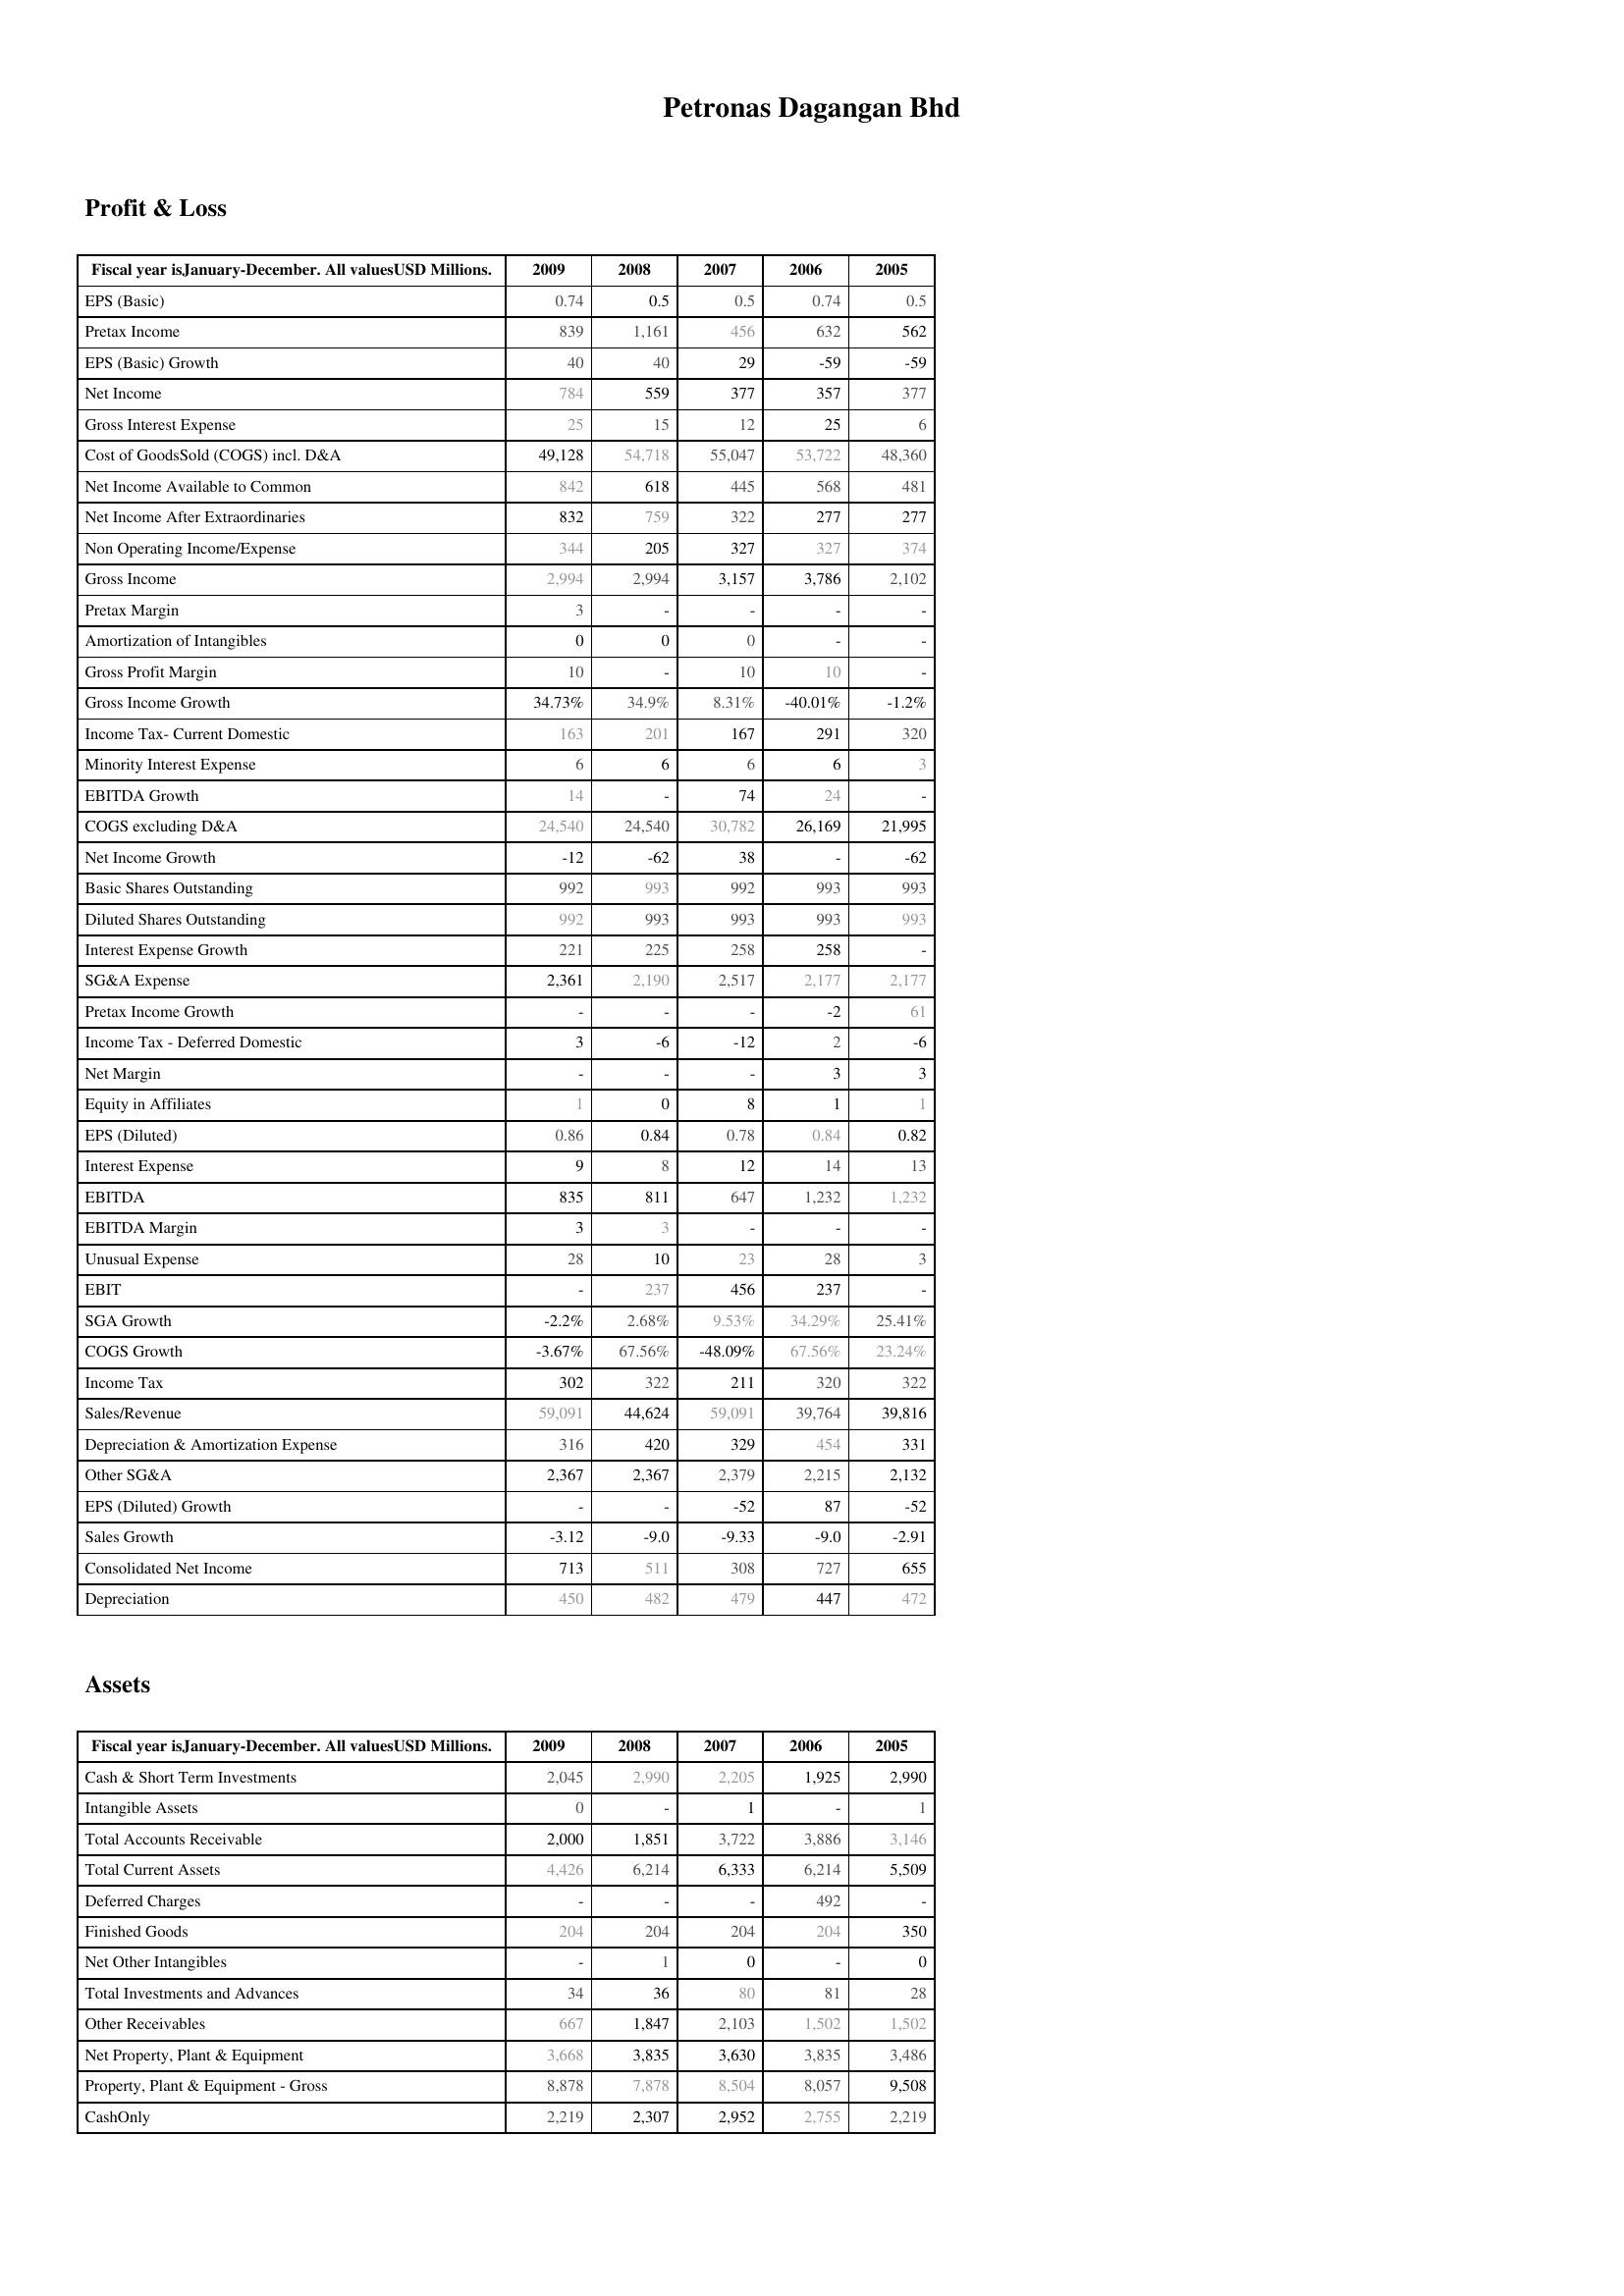
2009: Profit & Loss: EPS (Basic): 0.74
Pretax Income: 839
EPS (Basic) Growth: 40
Net Income: 784
Gross Interest Expense: 25
Cost of GoodsSold (COGS) incl. D&A: 49,128
Net Income Available to Common: 842
Net Income After Extraordinaries: 832
Non Operating Income/Expense: 344
Gross Income: 2,994
Pretax Margin: 3
Amortization of Intangibles: 0
Gross Profit Margin: 10
Gross Income Growth: 34.73%
Income Tax- Current Domestic: 163
Minority Interest Expense: 6
EBITDA Growth: 14
COGS excluding D&A: 24,540
Net Income Growth: -12
Basic Shares Outstanding: 992
Diluted Shares Outstanding: 992
Interest Expense Growth: 221
SG&A Expense: 2,361
Pretax Income Growth: -
Income Tax - Deferred Domestic: 3
Net Margin: -
Equity in Affiliates: 1
EPS (Diluted): 0.86
Interest Expense: 9
EBITDA: 835
EBITDA Margin: 3
Unusual Expense: 28
EBIT: -
SGA Growth: -2.2%
COGS Growth: -3.67%
Income Tax: 302
Sales/Revenue: 59,091
Depreciation & Amortization Expense: 316
Other SG&A: 2,367
EPS (Diluted) Growth: -
Sales Growth: -3.12
Consolidated Net Income: 713
Depreciation: 450
Assets: Cash & Short Term Investments: 2,045
Intangible Assets: 0
Total Accounts Receivable: 2,000
Total Current Assets: 4,426
Deferred Charges: -
Finished Goods: 204
Net Other Intangibles: -
Total Investments and Advances: 34
Other Receivables: 667
Net Property, Plant & Equipment: 3,668
Property, Plant & Equipment - Gross : 8,878
CashOnly: 2,219
2008: Profit & Loss: EPS (Basic): 0.5
Pretax Income: 1,161
EPS (Basic) Growth: 40
Net Income: 559
Gross Interest Expense: 15
Cost of GoodsSold (COGS) incl. D&A: 54,718
Net Income Available to Common: 618
Net Income After Extraordinaries: 759
Non Operating Income/Expense: 205
Gross Income: 2,994
Pretax Margin: -
Amortization of Intangibles: 0
Gross Profit Margin: -
Gross Income Growth: 34.9%
Income Tax- Current Domestic: 201
Minority Interest Expense: 6
EBITDA Growth: -
COGS excluding D&A: 24,540
Net Income Growth: -62
Basic Shares Outstanding: 993
Diluted Shares Outstanding: 993
Interest Expense Growth: 225
SG&A Expense: 2,190
Pretax Income Growth: -
Income Tax - Deferred Domestic: -6
Net Margin: -
Equity in Affiliates: 0
EPS (Diluted): 0.84
Interest Expense: 8
EBITDA: 811
EBITDA Margin: 3
Unusual Expense: 10
EBIT: 237
SGA Growth: 2.68%
COGS Growth: 67.56%
Income Tax: 322
Sales/Revenue: 44,624
Depreciation & Amortization Expense: 420
Other SG&A: 2,367
EPS (Diluted) Growth: -
Sales Growth: -9.0
Consolidated Net Income: 511
Depreciation: 482
Assets: Cash & Short Term Investments: 2,990
Intangible Assets: -
Total Accounts Receivable: 1,851
Total Current Assets: 6,214
Deferred Charges: -
Finished Goods: 204
Net Other Intangibles: 1
Total Investments and Advances: 36
Other Receivables: 1,847
Net Property, Plant & Equipment: 3,835
Property, Plant & Equipment - Gross : 7,878
CashOnly: 2,307
2007: Profit & Loss: EPS (Basic): 0.5
Pretax Income: 456
EPS (Basic) Growth: 29
Net Income: 377
Gross Interest Expense: 12
Cost of GoodsSold (COGS) incl. D&A: 55,047
Net Income Available to Common: 445
Net Income After Extraordinaries: 322
Non Operating Income/Expense: 327
Gross Income: 3,157
Pretax Margin: -
Amortization of Intangibles: 0
Gross Profit Margin: 10
Gross Income Growth: 8.31%
Income Tax- Current Domestic: 167
Minority Interest Expense: 6
EBITDA Growth: 74
COGS excluding D&A: 30,782
Net Income Growth: 38
Basic Shares Outstanding: 992
Diluted Shares Outstanding: 993
Interest Expense Growth: 258
SG&A Expense: 2,517
Pretax Income Growth: -
Income Tax - Deferred Domestic: -12
Net Margin: -
Equity in Affiliates: 8
EPS (Diluted): 0.78
Interest Expense: 12
EBITDA: 647
EBITDA Margin: -
Unusual Expense: 23
EBIT: 456
SGA Growth: 9.53%
COGS Growth: -48.09%
Income Tax: 211
Sales/Revenue: 59,091
Depreciation & Amortization Expense: 329
Other SG&A: 2,379
EPS (Diluted) Growth: -52
Sales Growth: -9.33
Consolidated Net Income: 308
Depreciation: 479
Assets: Cash & Short Term Investments: 2,205
Intangible Assets: 1
Total Accounts Receivable: 3,722
Total Current Assets: 6,333
Deferred Charges: -
Finished Goods: 204
Net Other Intangibles: 0
Total Investments and Advances: 80
Other Receivables: 2,103
Net Property, Plant & Equipment: 3,630
Property, Plant & Equipment - Gross : 8,504
CashOnly: 2,952
2006: Profit & Loss: EPS (Basic): 0.74
Pretax Income: 632
EPS (Basic) Growth: -59
Net Income: 357
Gross Interest Expense: 25
Cost of GoodsSold (COGS) incl. D&A: 53,722
Net Income Available to Common: 568
Net Income After Extraordinaries: 277
Non Operating Income/Expense: 327
Gross Income: 3,786
Pretax Margin: -
Amortization of Intangibles: -
Gross Profit Margin: 10
Gross Income Growth: -40.01%
Income Tax- Current Domestic: 291
Minority Interest Expense: 6
EBITDA Growth: 24
COGS excluding D&A: 26,169
Net Income Growth: -
Basic Shares Outstanding: 993
Diluted Shares Outstanding: 993
Interest Expense Growth: 258
SG&A Expense: 2,177
Pretax Income Growth: -2
Income Tax - Deferred Domestic: 2
Net Margin: 3
Equity in Affiliates: 1
EPS (Diluted): 0.84
Interest Expense: 14
EBITDA: 1,232
EBITDA Margin: -
Unusual Expense: 28
EBIT: 237
SGA Growth: 34.29%
COGS Growth: 67.56%
Income Tax: 320
Sales/Revenue: 39,764
Depreciation & Amortization Expense: 454
Other SG&A: 2,215
EPS (Diluted) Growth: 87
Sales Growth: -9.0
Consolidated Net Income: 727
Depreciation: 447
Assets: Cash & Short Term Investments: 1,925
Intangible Assets: -
Total Accounts Receivable: 3,886
Total Current Assets: 6,214
Deferred Charges: 492
Finished Goods: 204
Net Other Intangibles: -
Total Investments and Advances: 81
Other Receivables: 1,502
Net Property, Plant & Equipment: 3,835
Property, Plant & Equipment - Gross : 8,057
CashOnly: 2,755
2005: Profit & Loss: EPS (Basic): 0.5
Pretax Income: 562
EPS (Basic) Growth: -59
Net Income: 377
Gross Interest Expense: 6
Cost of GoodsSold (COGS) incl. D&A: 48,360
Net Income Available to Common: 481
Net Income After Extraordinaries: 277
Non Operating Income/Expense: 374
Gross Income: 2,102
Pretax Margin: -
Amortization of Intangibles: -
Gross Profit Margin: -
Gross Income Growth: -1.2%
Income Tax- Current Domestic: 320
Minority Interest Expense: 3
EBITDA Growth: -
COGS excluding D&A: 21,995
Net Income Growth: -62
Basic Shares Outstanding: 993
Diluted Shares Outstanding: 993
Interest Expense Growth: -
SG&A Expense: 2,177
Pretax Income Growth: 61
Income Tax - Deferred Domestic: -6
Net Margin: 3
Equity in Affiliates: 1
EPS (Diluted): 0.82
Interest Expense: 13
EBITDA: 1,232
EBITDA Margin: -
Unusual Expense: 3
EBIT: -
SGA Growth: 25.41%
COGS Growth: 23.24%
Income Tax: 322
Sales/Revenue: 39,816
Depreciation & Amortization Expense: 331
Other SG&A: 2,132
EPS (Diluted) Growth: -52
Sales Growth: -2.91
Consolidated Net Income: 655
Depreciation: 472
Assets: Cash & Short Term Investments: 2,990
Intangible Assets: 1
Total Accounts Receivable: 3,146
Total Current Assets: 5,509
Deferred Charges: -
Finished Goods: 350
Net Other Intangibles: 0
Total Investments and Advances: 28
Other Receivables: 1,502
Net Property, Plant & Equipment: 3,486
Property, Plant & Equipment - Gross : 9,508
CashOnly: 2,219